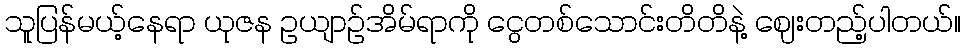
သူပြန်မယ့်နေရာ ယုဇန ဥယျာဉ်အိမ်ရာကို ငွေတစ်သောင်းတိတိနဲ့ ဈေးတည့်ပါတယ်။